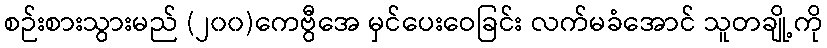
စဉ်းစားသွားမည် (၂၀၀)ကေဗွီအေ မှင်ပေးဝေခြင်း လက်မခံအောင် သူတချို့ကို